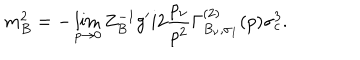
m _ { B } ^ { 2 } = - \lim _ { p \to 0 } Z _ { B } ^ { - 1 } g ^ { \prime } i 2 { \frac { p _ { \nu } } { p ^ { 2 } } } \Gamma _ { B _ { \nu } , \sigma _ { 1 } } ^ { ( 2 ) } ( p ) \sigma _ { c } ^ { 3 } .